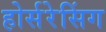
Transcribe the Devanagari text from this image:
होर्सरेसिंग